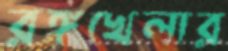
রঙ্গখেলার